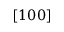
[ 1 0 0 ]